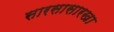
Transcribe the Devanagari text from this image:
सारसासारखा